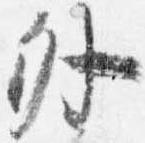
外